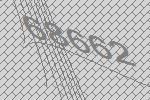
68662